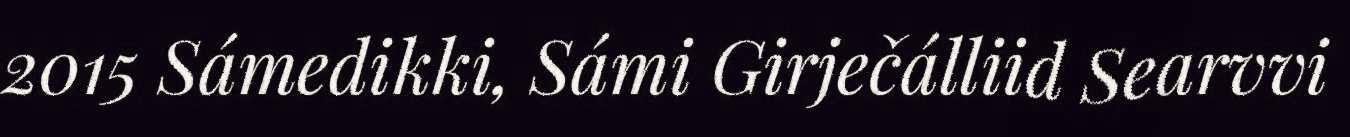
2015 Sámedikki, Sámi Girječálliid Searvvi